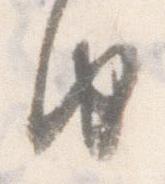
由